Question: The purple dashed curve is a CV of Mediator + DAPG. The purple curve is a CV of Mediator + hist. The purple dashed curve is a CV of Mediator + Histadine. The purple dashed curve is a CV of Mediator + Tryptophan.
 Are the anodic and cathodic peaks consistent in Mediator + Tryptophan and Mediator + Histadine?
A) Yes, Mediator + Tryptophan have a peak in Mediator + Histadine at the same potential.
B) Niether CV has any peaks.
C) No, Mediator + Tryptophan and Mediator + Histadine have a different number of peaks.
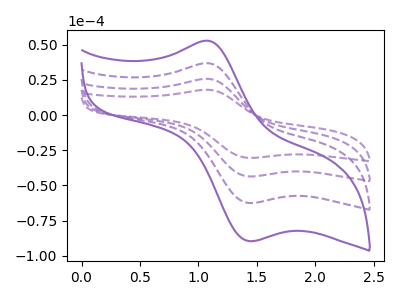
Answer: <think>The purple dashed curve "Mediator + DAPG" has an anodic peak at (1.05V, 36.85uA) and a cathodic peak at (1.45V, -62.55uA). The purple curve "Mediator + hist" has an anodic peak at (1.05V, 52.80uA) and a cathodic peak at (1.45V, -89.65uA). The purple dashed curve "Mediator + Histadine" has an anodic peak at (1.05V, 73.70uA) and a cathodic peak at (1.45V, -125.10uA). The purple dashed curve "Mediator + Tryptophan" has an anodic peak at (1.05V, 110.55uA) and a cathodic peak at (1.45V, -187.65uA).</think>
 <answer>A) Yes, "Mediator + Tryptophan" have a peak in "Mediator + Histadine" at the same potential.</answer>
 <eval>A</eval>